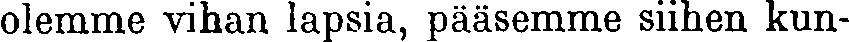
olemme vihan lapsia, pääsemme siihen kun-